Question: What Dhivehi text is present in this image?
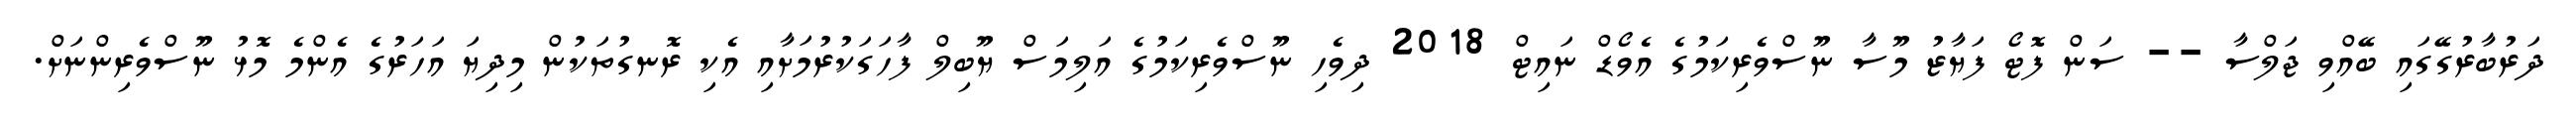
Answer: ދަރުބާރުގޭގައި ބޭއްވި ޖަލްސާ -- ސަން ފޮޓޯ ފަޔާޒު މޫސާ ނޫސްވެރިކަމުގެ އެވޯޑް ނައިޓް 2018 ދިވެހި ނޫސްވެރިކަމުގެ އަލިމަސް ޔޫބިލް ފާހަގަކުރުމަށާއި އެކި ރޮނގުތަކުން މިދިޔަ އަހަރުގެ އެންމެ މޮޅު ނޫސްވެރިންނަށް.